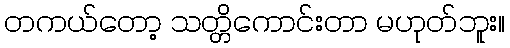
တကယ်တော့ သတ္တိကောင်းတာ မဟုတ်ဘူး။